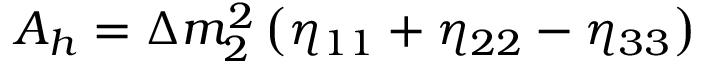
A _ { h } = \Delta m _ { 2 } ^ { 2 } \left( \eta _ { 1 1 } + \eta _ { 2 2 } - \eta _ { 3 3 } \right)